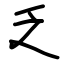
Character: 乏